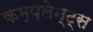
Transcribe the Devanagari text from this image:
कम्प्लेन्ट्स